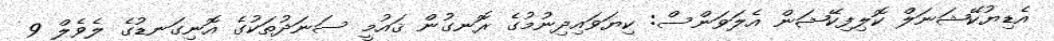
އެޑިޔުކޭޝަނަލް ކޮލިފިކޭޝަން އެލަވަންސް: ކިޔަވައިދިނުމުގެ ރޮނގުން ޤައުމީ ސަނަދުތަކުގެ އޮނިގަނޑުގެ ލެވެލް 9